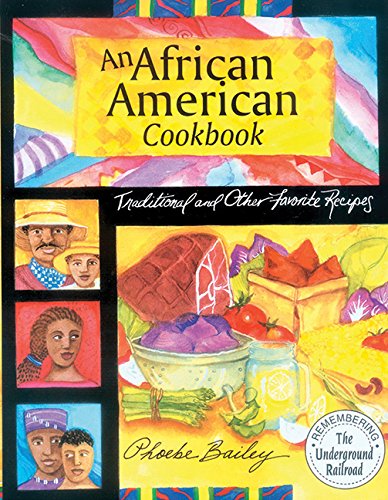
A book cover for African American Cookbook: Traditional And Other Favorite Recipes; Phoebe Bailey; Cookbooks, Food & Wine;